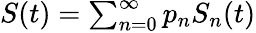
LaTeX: \begin{array}{r}{S(t)=\sum_{n=0}^{\infty}p_{n}S_{n}(t)}\end{array}